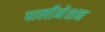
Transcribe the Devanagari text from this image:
पालीनेशन